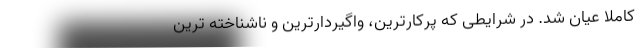
کاملا عیان شد. در شرایطی که پرکارترین، واگیردارترین و ناشناخته ترین